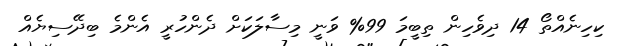
ކިހިނެއްތޯ 14 ދިވެހިން ތިބީމަ 99% ވަނީ މިސާލަކަށް ދެންހުރީ އެންމެ ބިދޭސިޔެއް